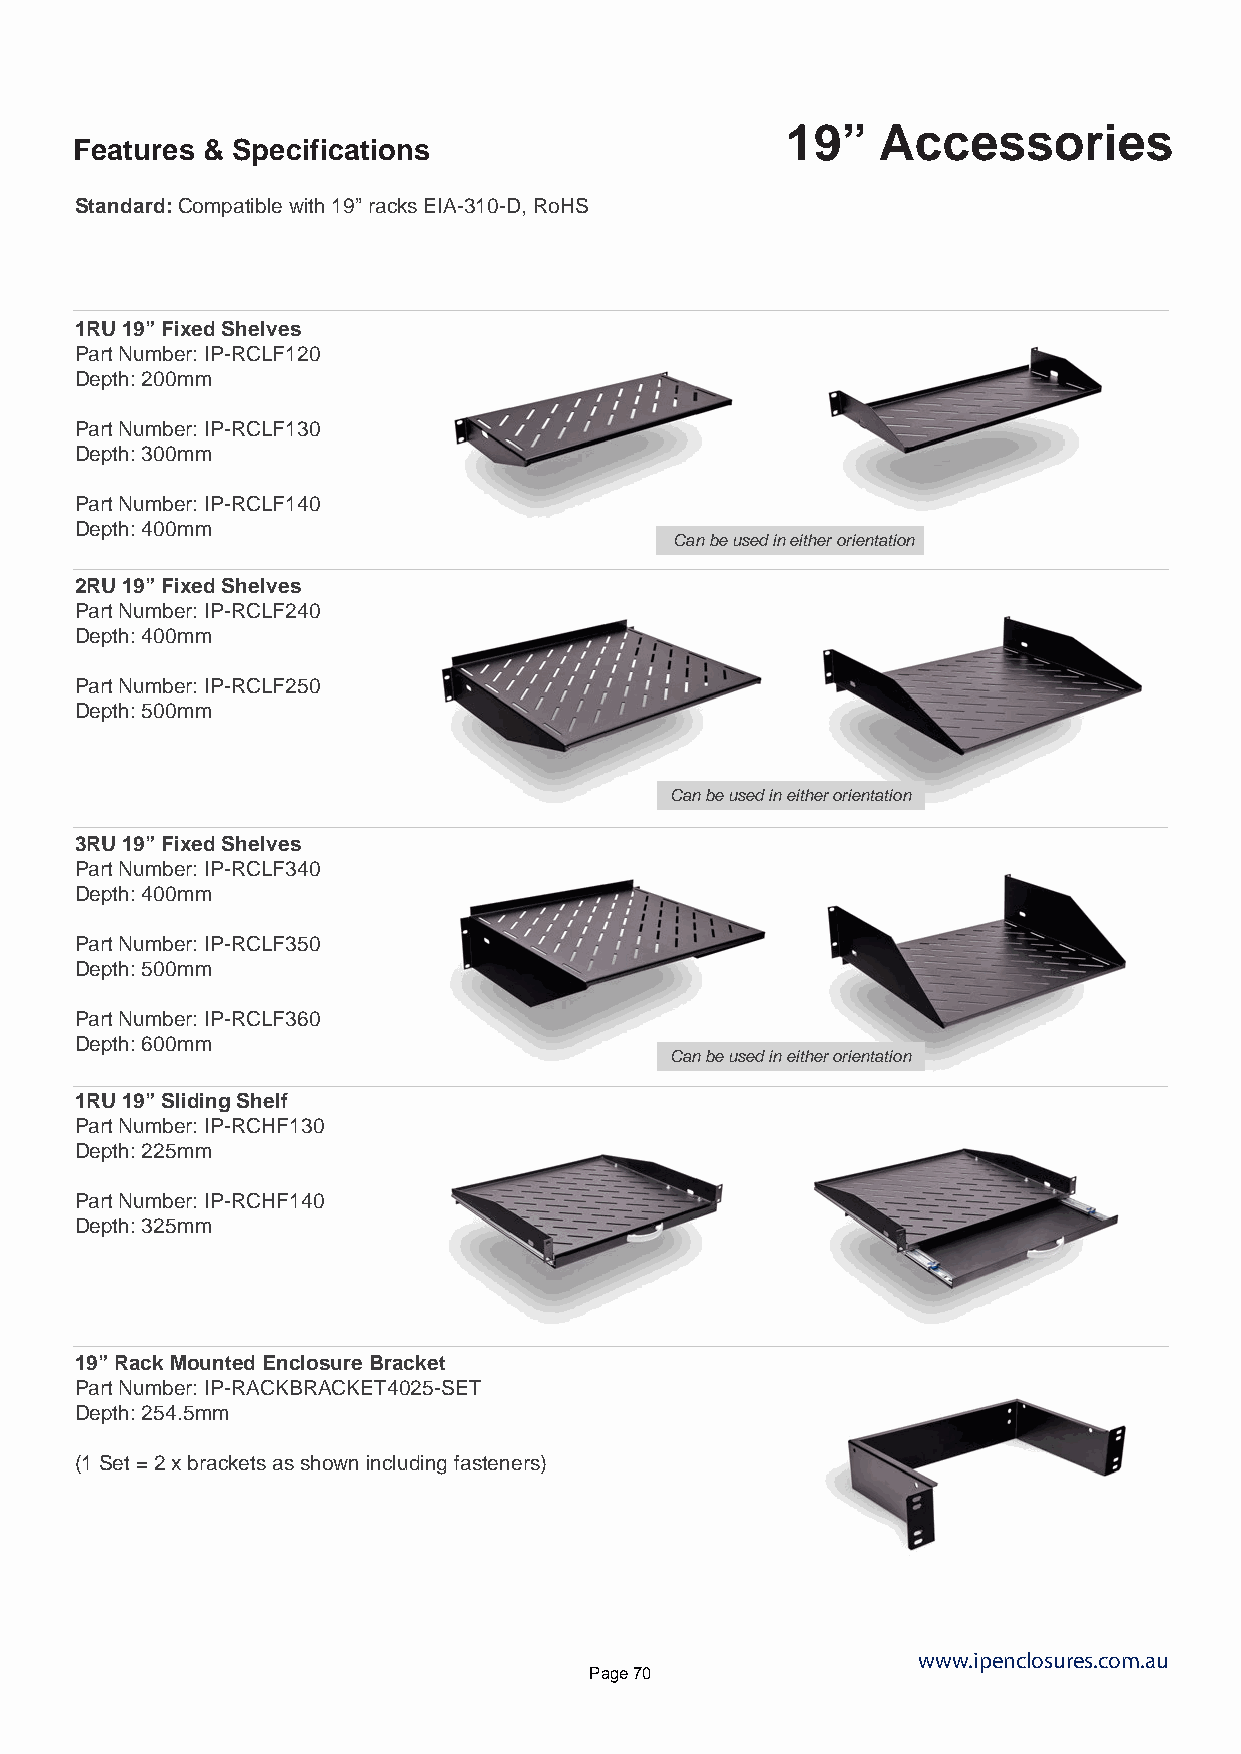
19”   Accessories
 Features & Specifications
 Standard: Compatible with 19” racks EIA-310-D, RoHS
 1RU 19” Fixed Shelves
 Part Number: IP-RCLF120
 Depth: 200mm
 Part Number: IP-RCLF130
 Depth: 300mm
 Part Number: IP-RCLF140
 Depth: 400mm
 Can be used in either orientation
 2RU 19” Fixed Shelves
 Part Number: IP-RCLF240
 Depth: 400mm
 Part Number: IP-RCLF250
 Depth: 500mm
 Can be used in either orientation
 3RU 19” Fixed Shelves
 Part Number: IP-RCLF340
 Depth: 400mm
 Part Number: IP-RCLF350
 Depth: 500mm
 Part Number: IP-RCLF360
 Depth: 600mm
 Can be used in either orientation
 1RU 19” Sliding Shelf
 Part Number: IP-RCHF130
 Depth: 225mm
 Part Number: IP-RCHF140
 Depth: 325mm
 19” Rack Mounted Enclosure Bracket
 Part Number: IP-RACKBRACKET4025-SET
 Depth: 254.5mm
 (1 Set = 2 x brackets as shown including fasteners)
 www.ipenclosures.com.au
 Page 70